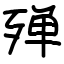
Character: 殚